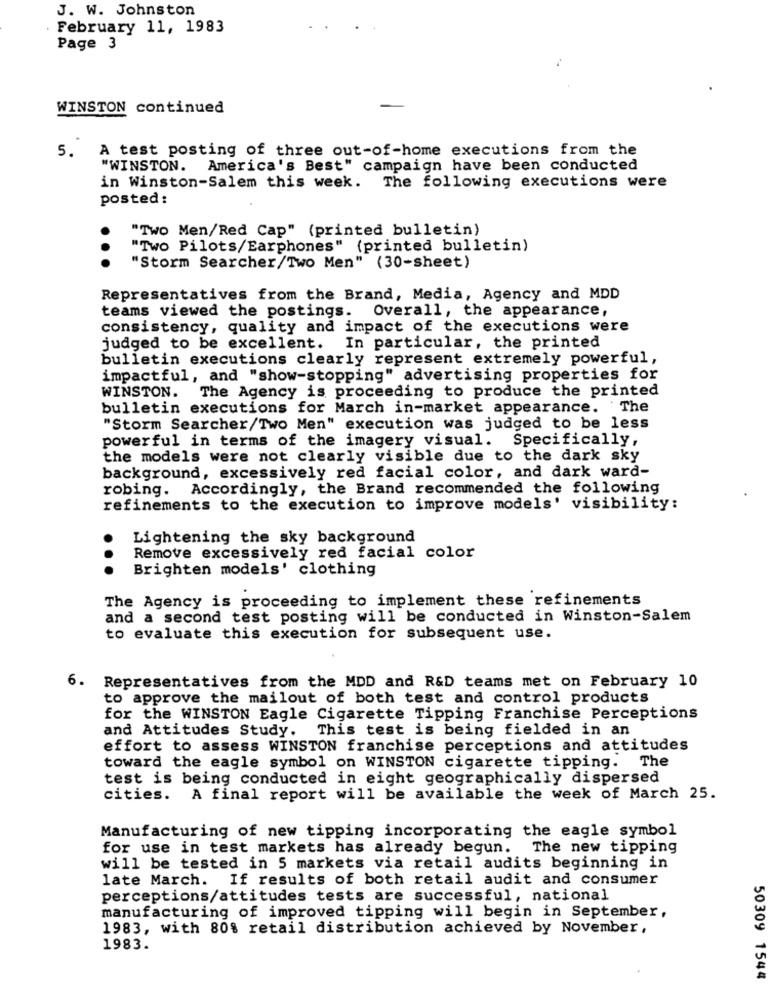
J. W. Johnston
February 11, 1983
Page 3
WINSTON continued
5. A test posting of three out-of-home executions from the
"WINSTON. America's Best" campaign have been conducted
in Winston-Salem this week. The following executions were
posted :
"Two Men/Red Cap" (printed bulletin)
"Two Pilots/Earphones" (printed bulletin)
...
"Storm Searcher/Two Men" (30-sheet)
Representatives from the Brand, Media, Agency and MDD
teams viewed the postings. Overall, the appearance,
consistency, quality and impact of the executions were
judged to be excellent. In particular, the printed
bulletin executions clearly represent extremely powerful,
impactful, and "show-stopping" advertising properties for
WINSTON. The Agency is proceeding to produce the printed
bulletin executions for March in-market appearance. The
"Storm Searcher/Two Men" execution was judged to be less
powerful in terms of the imagery visual. Specifically,
the models were not clearly visible due to the dark sky
background, excessively red facial color, and dark ward-
robing. Accordingly, the Brand recommended the following
refinements to the execution to improve models' visibility:
Lightening the sky background
Remove excessively red facial color
Brighten models' clothing
...
The Agency is proceeding to implement these refinements
and a second test posting will be conducted in Winston-Salem
to evaluate this execution for subsequent use.
6.
Representatives from the MDD and R&D teams met on February 10
to approve the mailout of both test and control products
for the WINSTON Eagle Cigarette Tipping Franchise Perceptions
and Attitudes Study. This test is being fielded in an
effort to assess WINSTON franchise perceptions and attitudes
toward the eagle symbol on WINSTON cigarette tipping. The
test is being conducted in eight geographically dispersed
cities. A final report will be available the week of March 25.
Manufacturing of new tipping incorporating the eagle symbol
for use in test markets has already begun. The new tipping
will be tested in 5 markets via retail audits beginning in
late March. If results of both retail audit and consumer
perceptions/attitudes tests are successful, national
manufacturing of improved tipping will begin in September,
1983, with 80% retail distribution achieved by November,
1983.
50309 1544